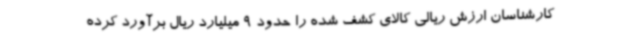
کارشناسان ارزش ریالی کالای کشف شده را حدود 9 میلیارد ریال برآورد کرده